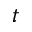
t